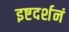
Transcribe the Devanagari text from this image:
इष्टदर्शनं